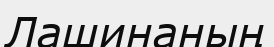
Лашинаның